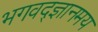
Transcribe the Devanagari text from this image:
भगवद्ज्ञानमय